Civil Veterinary Department. United Provinces 1912-22 - 1912-1922
Year: 1912
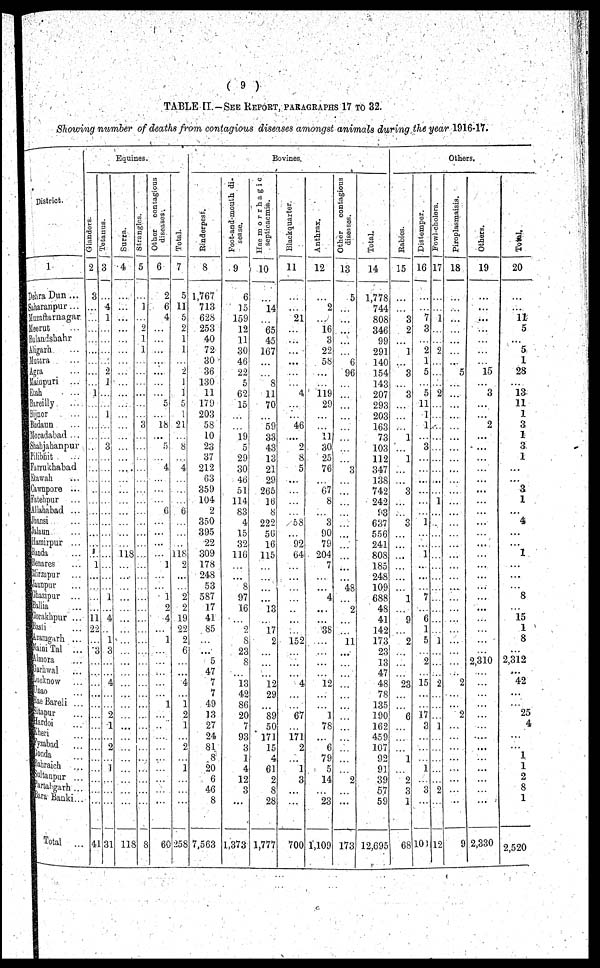
( 9 )
TABLE EI.-SEE REPORT, PARAGRAPHS 17 TO 32.
Showing number of deaths from contagious diseases amongst animals during the year 1916-17.
District.
1
DehraDun ...
Saharanpur...
Muzaffarnagar
Meerut ...
Bulandshahr
Aligarh ...
Muttra ...
Agra ...
Mainpuri ...
Etah ...
Bareilly ...
Bijnor ...
Budaun ...
Moradabad ...
Shahjahanpur
Pilibhit ...
Farrukhabad
Etawah ...
Cawnpore ...
Fatehpur ...
Allahabad ...
Jhansi ...
Jalaun ...
Hamirpur ...
Bauda ...
Benares ...
Mirzapur ...
Jaunpur ...
Ghazipur ...
Ballia ...
Gorakhpur ...
Basti ...
Azamgarh ...
Naini Tal ...
Almora ...
Garhwal ...
Lucknow ...
Unao ...
Rae Bareli ...
Sitapur ...
Hardoi ...
Kheri ...
fyzabad ...
Gonda ...
Bahraich ...
Sultanpur ...
Partalgarh ...
Bara Banki ...
Total ...
Equines.
Glanders.
2
3
...
...
...
...
...
...
...
...
1
...
...
...
...
...
...
...
...
...
...
...
...
...
...
9
1
...
...
...
...
11
22
...
3
...
...
...
...
...
...
...
...
...
...
...
...
...
...
41
Tetanns.
3
...
4
1
...
...
...
...
2
1
...
...
1
...
...
3
...
...
...
...
...
...
...
...
...
...
...
...
...
1
...
4
...
1
3
...
...
4
...
...
2
1
...
2
...
1
...
...
...
31
Surra.
4
...
...
...
...
...
...
...
...
...
...
...
...
...
...
...
...
...
...
...
...
...
...
...
...
118
...
...
...
...
...
...
...
...
...
...
...
...
...
...
...
...
...
...
...
...
...
...
...
118
Strangles.
5
...
1
...
2
1
1
...
...
...
...
...
...
3
...
...
...
...
...
...
...
...
...
...
...
...
...
...
...
...
...
...
...
...
...
...
...
...
...
...
...
...
...
...
...
...
...
...
...
8
Other contagious
diseases.
6
2
6
4
...
...
...
...
...
...
...
5
...
18
...
5
...
4
...
...
...
6
...
...
...
...
1
...
...
1
2
4
...
1
...
...
...
...
...
1
...
...
...
...
...
...
...
...
...
60
Total.
7
5
11
5
2
1
1
...
2
1
1
5
1
21
...
8
...
4
...
...
...
6
...
...
...
118
2
...
...
2
9
19
22
9
6
...
...
4
...
1
2
1
...
2
...
1
...
...
...
258
Bovines.
Rinderpest.
8
1,767
713
628
253
40
72
30
36
130
11
179
203
58
10
23
37
212
63
359
104
2
350
395
22
309
178
248
53
587
17
41
85
...
...
5
47
7
7
49
13
27
24
81
8
20
6
46
8
7,563
Foot-and-mouth di-
sease.
9
6
15
159
12
11
30
46
22
5
62
15
...
...
19
5
29
30
46
51
114
83
4
15
32
116
...
...
8
97
16
...
9
8
23
8
...
13
42
86
20
7
93
3
1
4
12
3
...
1,373
Haemorrhagic
septicaemia.
10
...
14
...
65
45
167
...
...
8
11
70
...
59
33
43
13
21
29
265
16
8
222
56
16
115
...
...
...
...
13
...
17
2
...
...
...
12
29
...
89
50
171
15
4
61
2
8
28
1,777
Blackquarter.
11
...
...
21
...
...
...
...
...
...
4
...
...
46
...
2
8
5
...
...
...
...
58
...
92
64
...
...
...
...
...
...
...
152
...
...
...
4
...
...
67
...
171
2
...
1
3
...
...
700
Anthrax.
12
...
2
...
16
3
22
58
...
...
119
29
...
...
11
30
25
76
...
67
8
...
3
90
79
204
7
...
...
4
...
...
38
...
...
...
...
12
...
...
1
78
...
6
79
5
14
...
23
1,109
Other
contagious
diseases.
13
5
...
...
...
...
...
6
96
...
...
...
...
...
...
...
...
3
...
...
...
...
...
...
...
...
...
...
48
...
2
...
...
11
...
...
...
...
...
...
...
...
...
...
...
2
...
...
...
173
Total.
14
1,778
744
808
346
99
291
140
154
143
207
293
203
163
73
103
112
347
138
742
242
93
637
556
241
808
185
248
109
688
48
41
142
173
23
13
47
48
78
135
190
162
459
107
92
91
39
57
59
12,695
Others.
Rabies.
15
...
...
3
2
...
1
...
3
...
3
...
...
...
1
...
1
...
...
3
...
...
3
...
...
...
...
...
...
1
...
9
...
2
...
...
...
23
...
...
6
...
...
...
1
...
2
3
1
68
Distemper.
16
...
...
7
3
...
2
1
5
...
5
11
1
1
...
3
...
...
...
...
...
...
1
...
...
1
...
...
...
7
...
6
1
5
...
2
...
15
...
...
17
8
...
...
...
1
...
3
...
101
Fowl-cholers.
17
...
...
1
...
...
...
...
...
...
2
...
...
...
...
...
...
...
...
...
...
...
...
...
...
...
...
...
...
...
...
...
...
...
...
...
...
2
...
...
...
...
...
...
...
...
...
2
...
12
Piroplasmaisis.
18
...
...
...
...
...
...
...
5
...
...
...
...
...
...
...
...
...
...
...
...
...
...
...
...
...
...
...
...
...
...
...
...
...
...
...
...
2
...
...
2
...
...
...
...
...
...
...
...
9
Others.
19
...
...
...
...
...
...
...
15
...
3
...
...
2
...
...
...
...
...
...
...
...
...
...
...
...
...
...
...
...
...
...
...
...
...
2,310
...
...
...
...
...
...
...
...
...
...
...
...
...
2,330
Total.
20
...
...
11
5
...
5
1
28
...
13
11
1
3
1
3
1
...
...
3
1
...
4
...
...
1
...
...
...
8
...
15
1
8
...
2,312
....
42
...
...
25
4
...
...
1
1
2
8
1
2,520